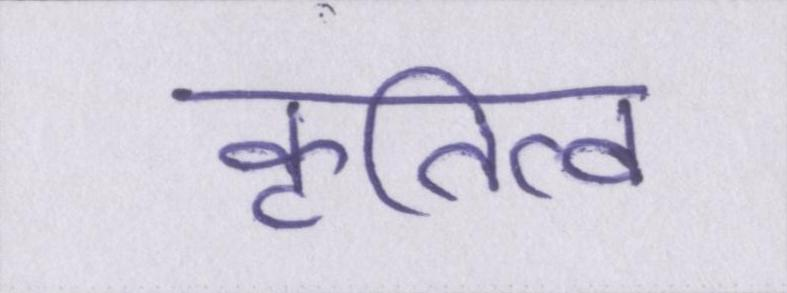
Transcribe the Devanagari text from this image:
कृतित्व